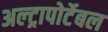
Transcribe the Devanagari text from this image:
अल्ट्रापोर्टेबल